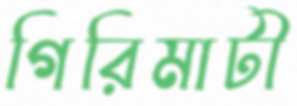
গিরিমাটী